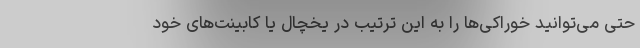
حتی می‌توانید خوراکی‌ها را به این ترتیب در یخچال یا کابینت‌های خود